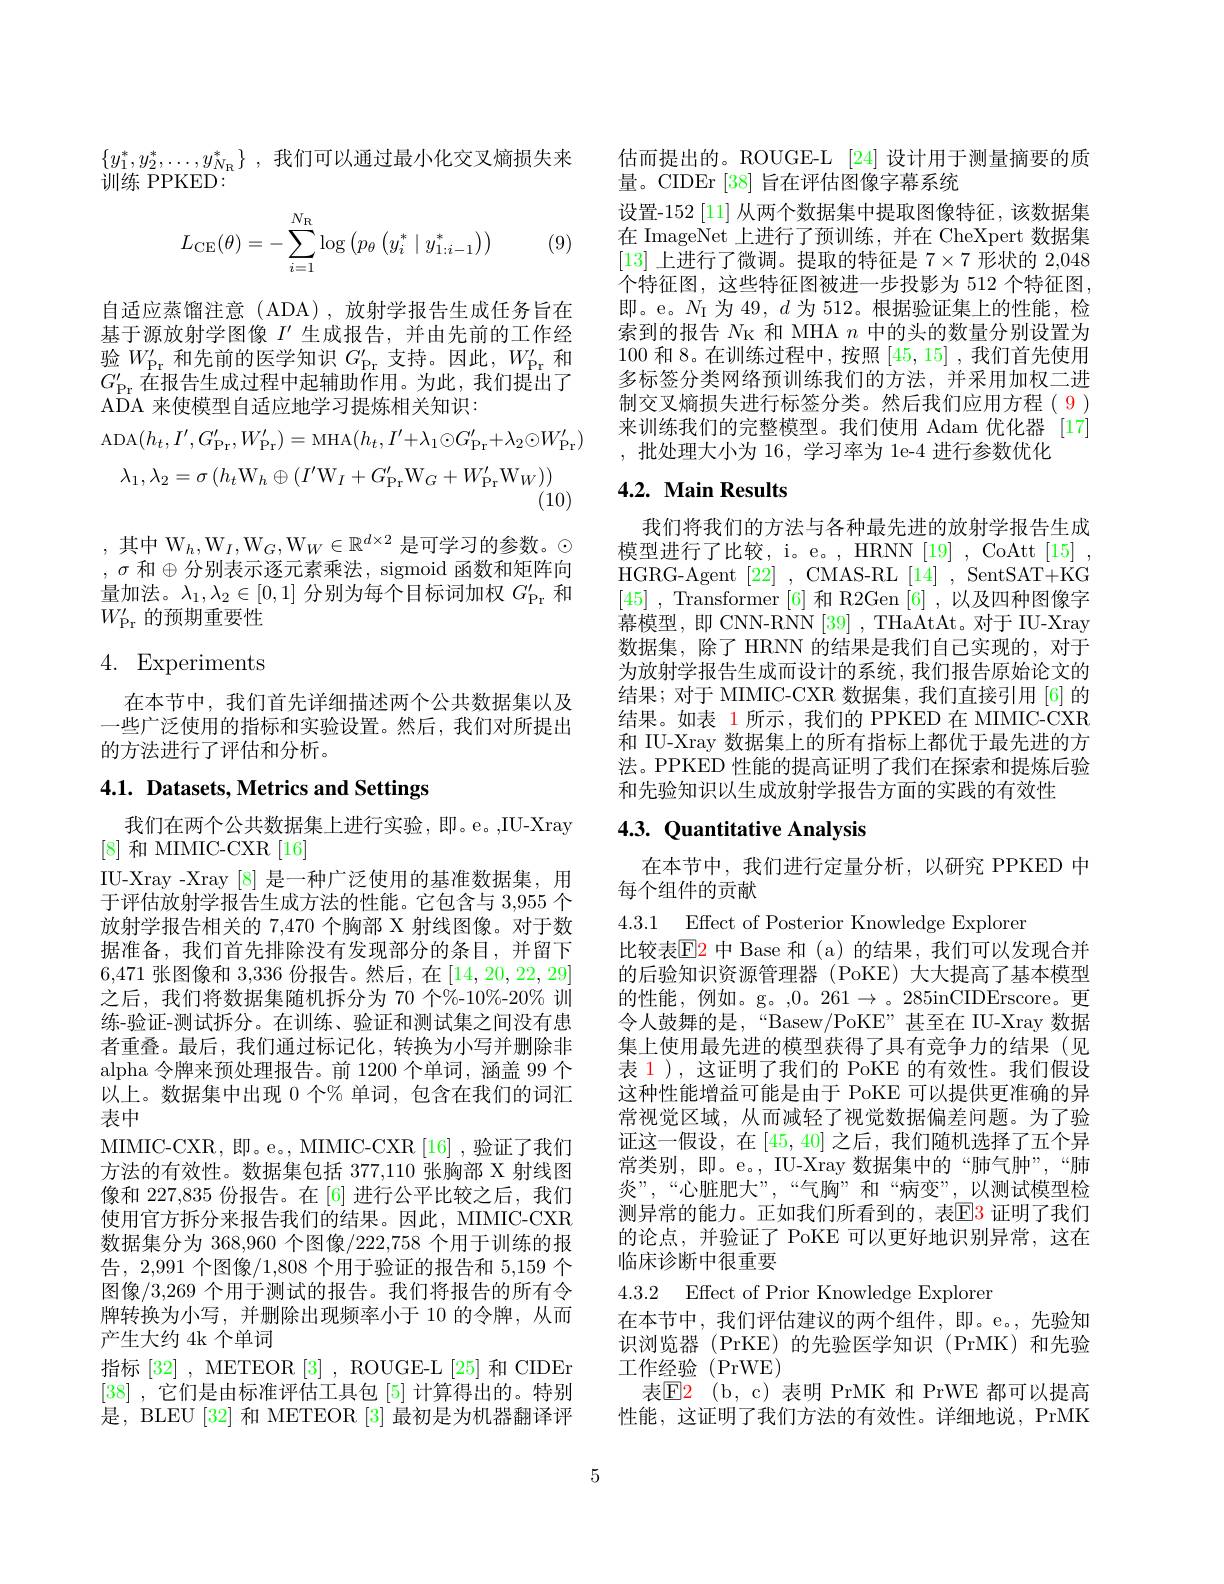
$\{ y_1^* , y_2^* , \ldots , y_{N_{\mathrm{R} }}^* \}$ ,我们可以通过最小化交叉熵损失来
训练 PPKED:
$$L_{\mathrm{CE}}(\theta)=-\sum_{i=1}^{N_{\mathrm{R}}}\log\left(p_{\theta}\left(y_{i}^{*}\mid y_{1:i-1}^{*}\right)\right)$$
(9)

自适应蒸馏注意(ADA),放射学报告生成任务旨在基于源放射学图像$I^{\prime}$生成报告，并由先前的工作经验$W_\mathrm{Pr}^{\prime}$和先前的医学知识$G_\mathrm{Pr}^{\prime}$支持。因此，$W_\mathrm{Pr}^{\prime}$和$G_\mathrm{Pr}^{\prime}$在报告生成过程中起辅助作用。为此，我们提出了ADA 来使模型自适应地学习提炼相关知识：
$$\mathrm{ADA}(h_{t},I^{\prime},G_{\mathrm{Pr}}^{\prime},W_{\mathrm{Pr}}^{\prime})=\mathrm{MHA}(h_{t},I^{\prime}+\lambda_{1}\odot G_{\mathrm{Pr}}^{\prime}+\lambda_{2}\odot W_{\mathrm{Pr}}^{\prime})\\\lambda_{1},\lambda_{2}=\sigma\left(h_{t}\mathrm{W}_{h}\oplus(I^{\prime}\mathrm{W}_{I}+G_{\mathrm{Pr}}^{\prime}\mathrm{W}_{G}+W_{\mathrm{Pr}}^{\prime}\mathrm{W}_{W})\right)$$
,其中 W$_h,\mathrm{W}_I,\mathrm{W}_G,\mathrm{W}_W\in\mathbb{R}^{d\times2}$ 是可学习的参数。$\odot$ $,\sigma$ 和$\oplus$分别表示逐元素乘法，sigmoid 函数和矩阵向量加法。$\lambda_1,\lambda_2\in[0,1]$分别为每个目标词加权$G_\mathrm{Pr}^{\prime}$和$W_\mathrm{Pr}^{\prime}$的预期重要性

# 4. Experiments

在本节中，我们首先详细描述两个公共数据集以及一些广泛使用的指标和实验设置。然后，我们对所提出的方法进行了评估和分析。

# 4.1. Datasets, Metrics and Settings

我们在两个公共数据集上进行实验，即。e。,IU-Xray
[8]和 MIMIC-CXR [16]
IU-Xray -Xray [8] 是一种广泛使用的基准数据集，用于评估放射学报告生成方法的性能。它包含与 3,955 个放射学报告相关的 7,470 个胸部 X 射线图像。对于数据准备，我们首先排除没有发现部分的条目，并留下6,471张图像和3，336份报告。然后，在[14,20,22,29] 之后，我们将数据集随机拆分为 70 个$\dot{\%}_{-10\%-20\%\text{ 训}}$ 练-验证-测试拆分。在训练、验证和测试集之间没有患者重叠。最后，我们通过标记化，转换为小写并删除非alpha 令牌来预处理报告。前 1200 个单词，涵盖 99 个以上。数据集中出现 0 个% 单词，包含在我们的词汇表中
MIMIC-CXR,即。e。, MIMIC-CXR[16],验证了我们方法的有效性。数据集包括 377,110 张胸部 X 射线图像和 227,835 份报告。在 [6] 进行公平比较之后，我们使用官方拆分来报告我们的结果。因此，MIMIC-CXR 数据集分为 368,960 个图像/222,758 个用于训练的报告，2,991 个图像/1,808 个用于验证的报告和 5,159 个图像/3,269 个用于测试的报告。我们将报告的所有令牌转换为小写，并删除出现频率小于 10 的令牌，从而产生大约 4k 个单词
指标[32] , METEOR [3] , ROUGE-L [25]和 CIDEr [38] ,它们是由标准评估工具包[5]计算得出的。特别是，BLEU [32] 和 METEOR [3] 最初是为机器翻译评

估而提出的。ROUGE-L [24] 设计用于测量摘要的质
量。CIDEr [38] 旨在评估图像字幕系统
设置-152 [11] 从两个数据集中提取图像特征，该数据集在 ImageNet 上进行了预训练，并在 CheXpert 数据集[13]上进行了微调。提取的特征是$7\times7$形状的 2,048个特征图，这些特征图被进一步投影为 512 个特征图， 即。e。$N_{\mathrm{I}}$为 49, $d$为 512。根据验证集上的性能，检索到的报告$N_\mathrm{K}$和 MHA $n$中的头的数量分别设置为100和 8。在训练过程中，按照[45,15] ,我们首先使用多标签分类网络预训练我们的方法，并采用加权二进制交叉熵损失进行标签分类。然后我们应用方程( 9 ) 来训练我们的完整模型。我们使用 Adam 优化器 [17] ,批处理大小为 16, 学习率为 1e-4 进行参数优化

## 4.2. Main Results

我们将我们的方法与各种最先进的放射学报告生成模型进行了比较，i。e。, HRNN [19] , CoAtt[15] , HGRG- Agent [ 22] , CMAS- RL [ 14] , SentSAT+ KG [45] , Transformer [6] 和 R2Gen [6] ,以及四种图像字幕模型，即 CNN-RNN [39] , THaAtAt。对于 IU-Xray 数据集，除了 HRNN 的结果是我们自己实现的，对于为放射学报告生成而设计的系统，我们报告原始论文的结果；对于 MIMIC-CXR 数据集，我们直接引用 [6] 的结果。如表 1 所示，我们的 PPKED 在 MIMIC-CXR 和 IU-Xray 数据集上的所有指标上都优于最先进的方法。PPKED 性能的提高证明了我们在探索和提炼后验和先验知识以生成放射学报告方面的实践的有效性

## 4.3. Quantitative Analysis

在本节中，我们进行定量分析，以研究 PPKED 中

每个组件的贡献

4.3.1 Effect of Posterior Knowledge Exploren
比较表$\color{red}{\mathrm{E}}\color{red}{\mathrm{E}}$2 中 Base 和 (a)的结果，我们可以发现合并的后验知识资源管理器(PoKE)大大提高了基本模型的性能，例如。g。,0。261$\to$。285inCIDErscore。更令人鼓舞的是，“Basew/PoKE”甚至在 IU-Xray 数据集上使用最先进的模型获得了具有竞争力的结果(见表 1 ), 这证明了我们的 PoKE 的有效性。我们假设这种性能增益可能是由于 PoKE 可以提供更准确的异常视觉区域，从而减轻了视觉数据偏差问题。为了验证这一假设，在[45,40] 之后，我们随机选择了五个异常类别，即。e。, IU-Xray 数据集中的“肺气肿”,“肺炎”,“心脏肥大”,“气胸”和“病变”,以测试模型检测异常的能力。正如我们所看到的，表$\mathbb{E}\color{red}3$ 证明了我们的论点，并验证了 PoKE 可以更好地识别异常，这在临床诊断中很重要

4.3.2 Effect of Prior Knowledge Explorer
在本节中，我们评估建议的两个组件，即。e。,先验知识浏览器 (PrKE)的先验医学知识 (PrMK)和先验工作经验(PrWE)
表E2 ( b, c) 表明 PrMK 和 PrWE 都可以提高性能，这证明了我们方法的有效性。详细地说，PrMK

5